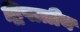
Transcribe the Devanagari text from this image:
द्विपात्रीय